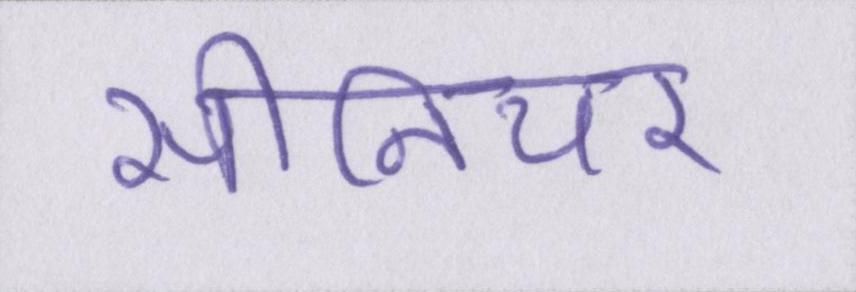
सीनियर